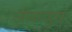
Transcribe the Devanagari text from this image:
जीवाणुचा